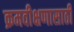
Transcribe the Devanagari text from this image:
क्रमवीक्षणासाठी